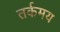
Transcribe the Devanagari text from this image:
तर्कमय